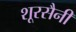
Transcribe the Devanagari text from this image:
शूरसैनी